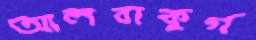
আলবাকুর্গ